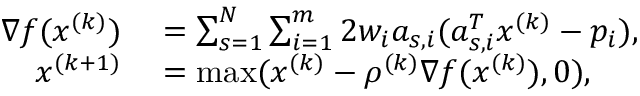
\begin{array} { r l } { \nabla f ( x ^ { ( k ) } ) } & { { } = \sum _ { s = 1 } ^ { N } \sum _ { i = 1 } ^ { m } 2 w _ { i } a _ { s , i } ( a _ { s , i } ^ { T } x ^ { ( k ) } - p _ { i } ) , } \\ { x ^ { ( k + 1 ) } } & { { } = \operatorname* { m a x } ( x ^ { ( k ) } - \rho ^ { ( k ) } \nabla f ( x ^ { ( k ) } ) , 0 ) , } \end{array}